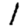
Digit: 1